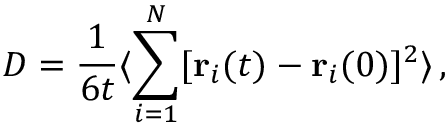
D = \frac { 1 } { 6 t } \langle \sum _ { i = 1 } ^ { N } [ \mathbf { r } _ { i } ( t ) - \mathbf { r } _ { i } ( 0 ) ] ^ { 2 } \rangle \, ,